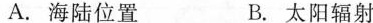
A.海陆位置 B.太阳辐射